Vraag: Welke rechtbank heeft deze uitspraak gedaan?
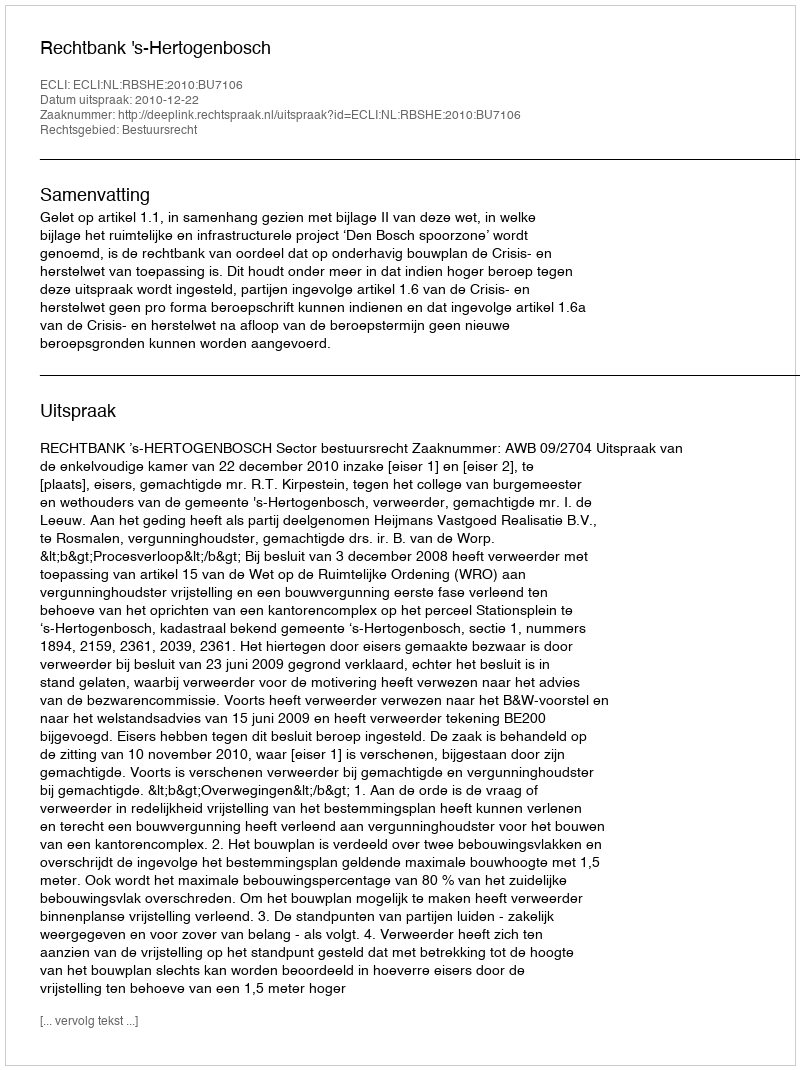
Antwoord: Rechtbank 's-Hertogenbosch